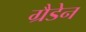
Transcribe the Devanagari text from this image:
ग्रैडेन